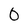
Character: 0